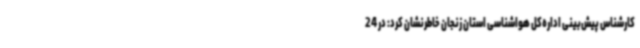
کارشناس پیش‌بینی اداره‌کل هواشناسی استان زنجان خاطرنشان کرد: در 24